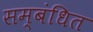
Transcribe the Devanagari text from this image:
सम्‍बंधित